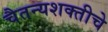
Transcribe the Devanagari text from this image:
चैतन्यशक्तीचे